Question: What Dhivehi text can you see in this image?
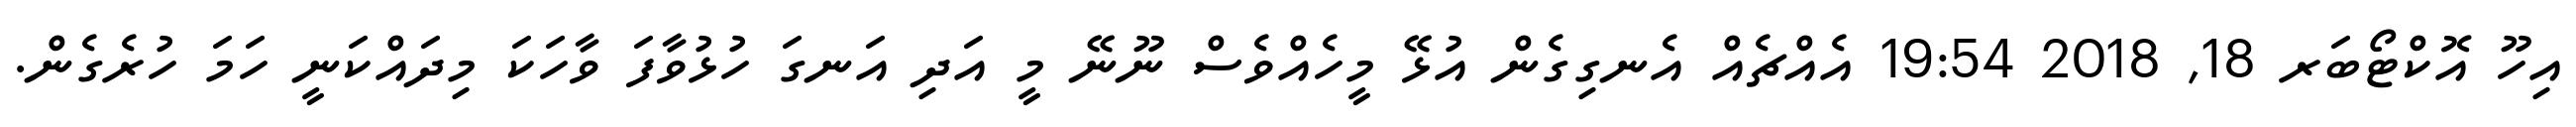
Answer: އިހޫ އޮކްޓޯބަރ 18, 2018 19:54 އެއްޗެއް އެނގިގެން އުޅޭ މީހެއްވެސް ނޫނޭ މީ އަދި އަނގަ ހުޅުވާފަ ވާހަކަ މިދައްކަނީ ހަމަ ހުރެގެން.